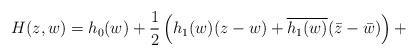
LaTeX: \begin{align*}H(z, w)= h_0 (w)+\frac{1}{2}\left(h_1(w)(z-w)+ \overline{h_1 (w)} (\bar{z}-\bar{w})\right)+\end{align*}